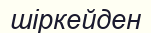
шіркейден